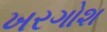
ખરગોશ